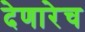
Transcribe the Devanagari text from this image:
देणारेच